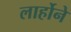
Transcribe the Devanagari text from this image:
लार्होने